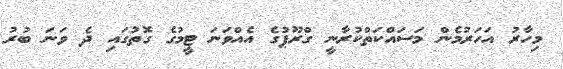
މިހާރު އަހަރުމެން މަސައްކަތްކުރާނީ ގްރޫޕުގެ އެއްވަނަ ޓީމުގެ ގޮތުގައި ދެ ވަނަ ބުރު